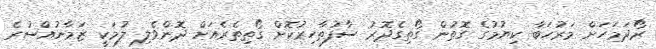
ރޯދަމަހަށް މަރުހަބާ ކިޔުމުގެ ގޮތުން ގޯތިގެދޮރު ސާފުތާހިރުކޮށް ގޯތިތެރެއަށް ދޮންވެލި ލުމަކީ ޒަމާނުއްސުރެ